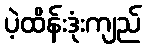
ပဲ့ထိန်းဒုံးကျည်